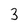
Character: 3